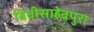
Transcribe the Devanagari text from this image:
बिबीसाहेबपुरा